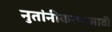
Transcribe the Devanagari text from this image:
नुतांनीकरणासाठी